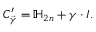
C _ { \vec { \gamma } } ^ { \prime } = \mathbb { H } _ { 2 n } + \boldsymbol { \gamma } \cdot \boldsymbol { I } .